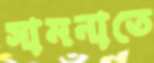
সামনাতে